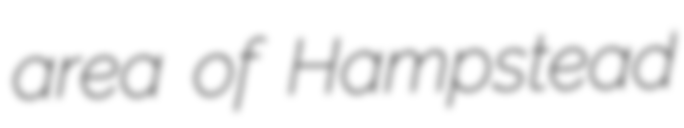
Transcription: area of Hampstead